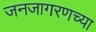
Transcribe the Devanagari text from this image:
जनजागरणच्या